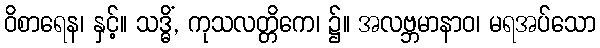
ဝိစာရေန၊ နှင့်။ သဒ္ဓိံ, ကုသလတ္တိကေ၊ ၌။ အလဗ္ဘမာနာဝ၊ မရအပ်သော